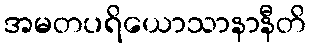
အမတပရိယောသာနာနီတိ